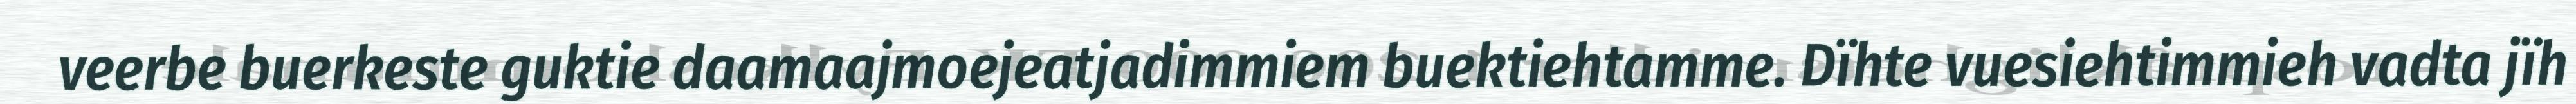
veerbe buerkeste guktie daamaajmoejeatjadimmiem buektiehtamme. Dïhte vuesiehtimmieh vadta jïh